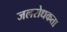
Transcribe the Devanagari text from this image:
जलरोधकता